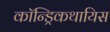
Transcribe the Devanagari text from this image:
कॉन्ड्रिकथायिस